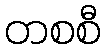
တစစီ